Vaccination Hyderabad 1872-1889 - 1872-1889
Year: 1872
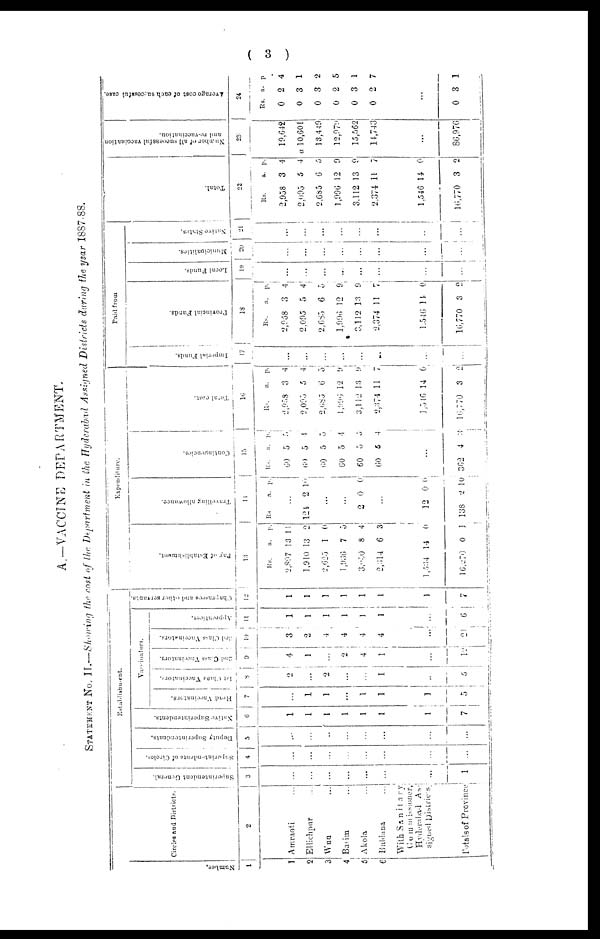
( 3 )
A.—VACCINE DEPARTMENT.
STATEMENT No. II.—Showing the cost of the Department in the Hyderabad Assigned Districts during the year 1887-88.
Number.
1
1
2
3
4
5
6
Circles and Districts.
2
Amraoti ...
Ellichpur ...
Wun ...
Basim ...
Akola ...
Buldana ...
With Sanitary
Commissioner,
Hyderabad
As-
signed
Districs
Totals of Province
Establishment.
Spperintendent General.
3
...
...
...
...
...
...
...
1
Superintendents of Circles.
4
...
...
...
...
...
...
...
...
Deputy Superintendents.
5
...
...
...
...
...
...
...
...
Native Superintendents.
6
1
1
1
1
1
1
1
7
Vaccinators.
Head Vaccinators.
7
...
1
1
...
1
1
1
5
1st Class Vaccinator.
8
2
...
2
...
...
1
...
5
2nd Class Vaccinators.
9
4
1
...
2
4
1
...
12
3rd Class Vaccinators.
10
3
2
4
4
4
4
...
21
Apprentices.
11
1
1
1
1
1
1
...
6
Chaprasees and other servants.
12
1
1
1
1
1
1
1
7
Espenditure.
Pay of Establishment.
13
Rs.
2,897
1,910
2,625
1 ,936
3,050
2,314
1 ,534
16,270
a.
13
13
1
7
8
6
14
0
p.
11
2
0
5
4
3
0
1
Travelling allowance.
14
Rs
a. p.
...
121 2 10
...
...
2
0 0
...
12
138
0
2
0
10
Contingencies.
15
Rs
60
69
69
60
60
60
a.
5
5
5
5
5
5
p.
5
4
5
4
5
4
...
362 4
3
Total cost.
1 6
Rs.
2,958
2,095
2,685
1, 996
3,112
2,374
1,546
16,770
a.
3
5
6
12
13
11
14
3
p.
4
4
5
9
9
7
0
2
Paid from
Imperial Funds.
17
...
...
...
...
...
...
...
...
Provincial Funds.
18
Rs.
2,958
2,005
2,685
1,996
3,112
2,374
1,546
16,770
a.
3
5
6
12
13
11
14
3
p.
4
4
5
9
9
7
0
2
Local Funds.
19
...
...
...
...
...
...
...
...
Municipalities.
20
...
...
...
...
...
...
...
...
Native States.
21
...
...
...
...
...
...
...
...
Total.
22
Rs.
2,958
2,095
2,685
1,996
3,112
2,374
1,546
16,770
a.
3
5
6
12
13
11
14
3
p.
4
4
5
9
9
7
0
2
Number of all successful vaccination
and re-vaccination.
23
19,642
a 10,601
13,449
12,979
15,562
14,743
...
86,976
Average cost of each successful case.
24
Rs.
0
0
0
0
0
0
a.
2
3
3
2
3
2
p
4
1
2
5
1
7
...
0 3 1